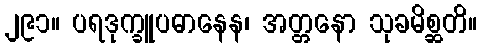
၂၉၁။ ပရဒုက္ခူပဓာနေန၊ အတ္တနော သုခမိစ္ဆတိ။